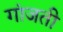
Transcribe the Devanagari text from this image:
गांजती